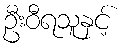
ဦးဝီရသူနှင့်